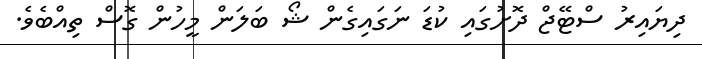
ދިޔައިރު ސްޓޭޖް ދޮށުގައި ކުޑަ ނަގައިގެން ޝޯ ބަލަން މީހުން ގޮސް ތިއްބެވެ.